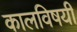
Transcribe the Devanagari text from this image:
कालविषयी